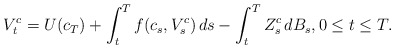
\begin{align*} V_t^c = U(c_T) + \int_t^T f(c_s, V^c_s) \, ds - \int_t^T Z^c_s \, dB_s, 0\leq t\leq T.\end{align*}